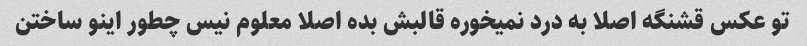
تو عکس قشنگه اصلا به درد نمیخوره قالبش بده اصلا معلوم نیس چطور اینو ساختن